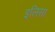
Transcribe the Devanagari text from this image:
इलिसा